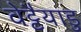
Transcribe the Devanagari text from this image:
वेट्टैयाडु